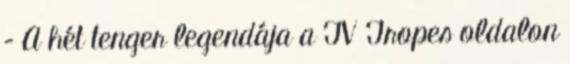
– A hét tenger legendája a TV Tropes oldalon